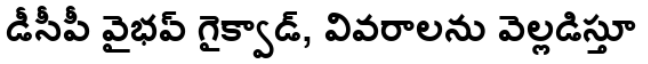
డీసీపీ వైభవ్ గైక్వాడ్, వివరాలను వెల్లడిస్తూ